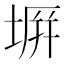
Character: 𭎪